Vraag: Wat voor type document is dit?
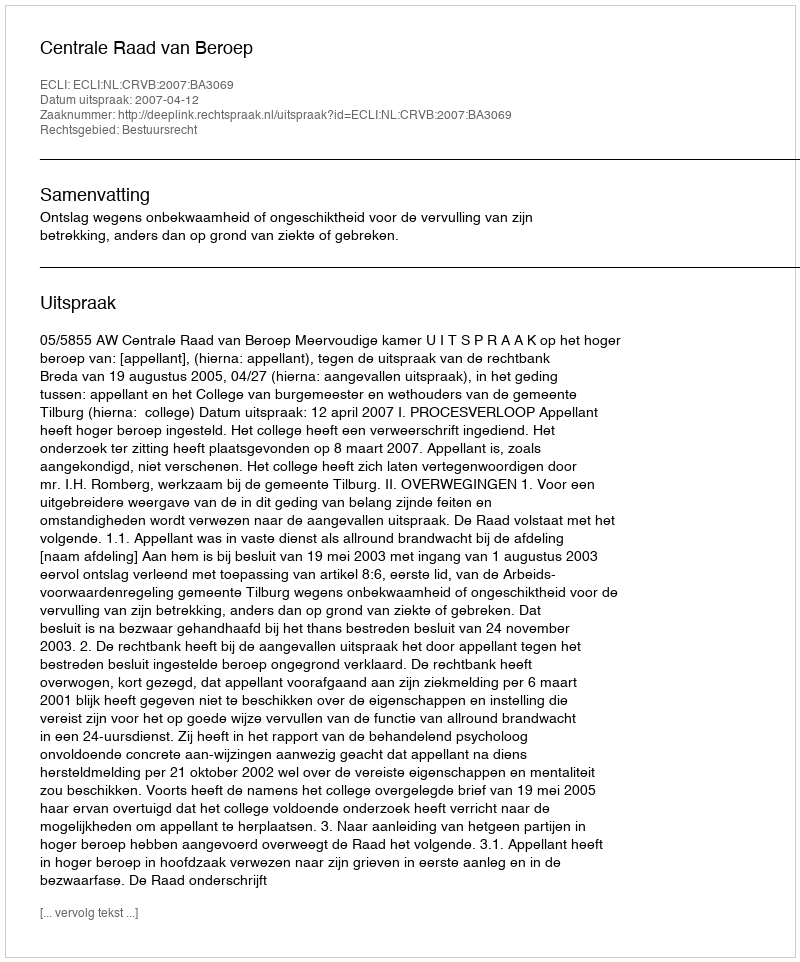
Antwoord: Uitspraak